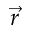
\vec { r }